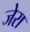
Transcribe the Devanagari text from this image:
जेरा